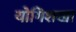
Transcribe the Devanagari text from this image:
योगिशखा